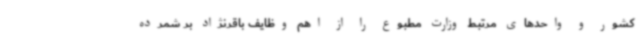
کشور و واحدهای مرتبط وزارت مطبوع را از اهم وظایف باقرنژاد بر شمرده